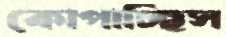
কোপাচ্ছিস